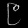
Digit: ၉